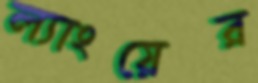
ল্যাংয়ের